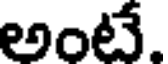
అంటే.